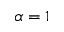
\alpha = 1